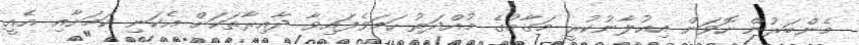
މެންބަރުން ހޮވަން އިއުލާނުކުރީ މަގާމުގެ މުއްދަތު ހަމަވެފައިވާ ދާއިރާތަކަށް އެކަނި ކަމަށާއި އެއީ